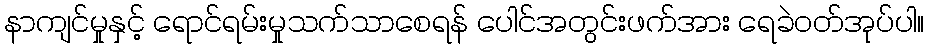
နာကျင်မှုနှင့် ရောင်ရမ်းမှုသက်သာစေရန် ပေါင်အတွင်းဖက်အား ရေခဲဝတ်အုပ်ပါ။